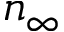
n _ { \infty }